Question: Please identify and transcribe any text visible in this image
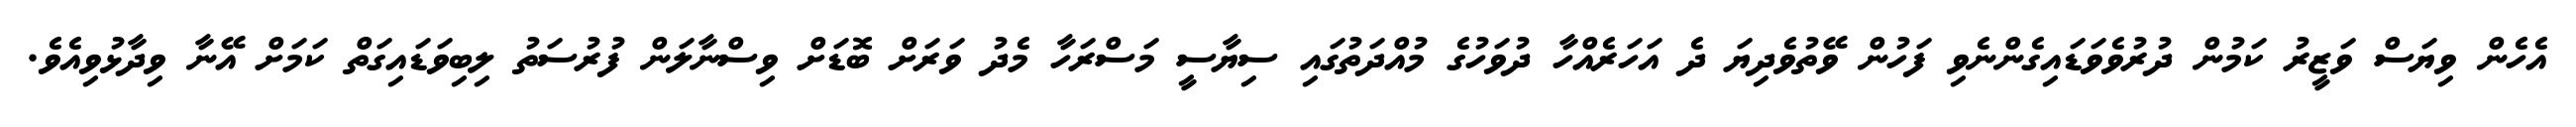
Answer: އެހެން ވިޔަސް ވަޒީރު ކަމުން ދުރުވެވަޑައިގެންނެވި ފަހުން ވޭތުވެދިޔަ ދެ އަހަރެއްހާ ދުވަހުގެ މުއްދަތުގައި ސިޔާސީ މަސްރަހާ މެދު ވަރަށް ބޮޑަށް ވިސްނާލަން ފުރުސަތު ލިބިވަޑައިގަތް ކަމަށް އޭނާ ވިދާޅުވިއެވެ.